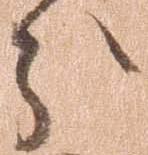
分